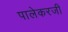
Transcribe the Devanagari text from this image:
पालेकरजी